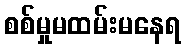
စစ်မှုမထမ်းမနေရ